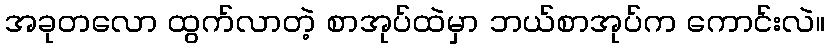
အခုတလော ထွက်လာတဲ့ စာအုပ်ထဲမှာ ဘယ်စာအုပ်က ကောင်းလဲ။